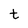
Character: t